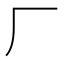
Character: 厂